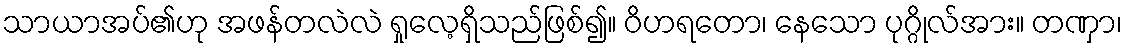
သာယာအပ်၏ဟု အဖန်တလဲလဲ ရှုလေ့ရှိသည်ဖြစ်၍။ ဝိဟရတော၊ နေသော ပုဂ္ဂိုလ်အား။ တဏှာ၊